Report of the Municipal Commissioner on the plague in Bombay for the year ending 31st May... - Volume 3
Disease focus: Plague
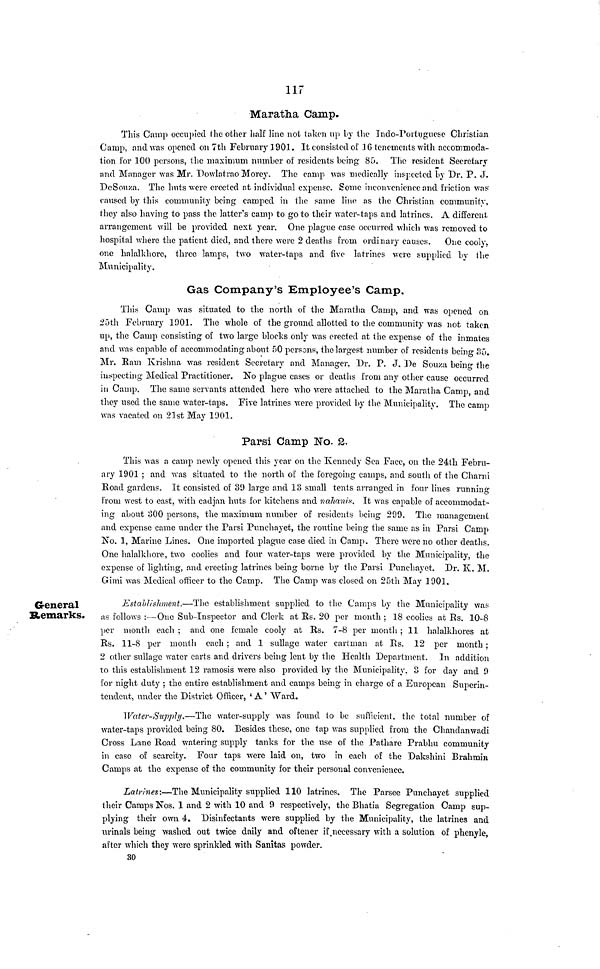
117
Maratha Camp.
This Camp occupied the other half line not taken up by the Indo-Portugue&e Christian
Camp, and was opened on 7th February 1901. It consisted of 16 tenements with accommoda-
tion for 100 persons, the maximum number of residents being 80. The resident Secretary
and Manager was Mr. Dowlatrao Money. The camp was medically inspected by Dr. P. J.
DeSouza. The huts were erected at individual expense. Some inconvenience and friction was
caused by this community being camped in the same lino as the Christian community,
they also having to pass the latter's camp to go to their water-taps and latrines. A different
arrangement will be provided next year. One plague case occurred which was removed to
hospital where the patient died, and there were 2 deaths From ordinary causes. One cooly,
one halalkhore, three lamps, two water-taps and five latrines were supplied by the
Municipality.
Gas Company's Employee's Camp.
This Camp was situated to the north of the Maratha Camp, and was opened on
25th February 1901. The whole of the ground allotted to the community was not taken
up, the Camp consisting of two large blocks only was erected at the expense of the inmates
and was capable of accommodating about 50 persons, the largest number of residents being 35.
Mr. Ram Krishna was resident Secretary and Manager, Dr. P. J, De Souza being the
inspecting Medical Practitioner. No plague cases or deaths from any other cause occurred
in Canip. The same servants attended here who were attached to the Maratha Camp, and
they used the same water-taps. Five latrines were provided by the Municipality. The camp
was vacated on 21st May 1901.
Parsi Camp No. 2.
This was a camp newly opened this year on the Kennedy Sea Face, on the 24th Febru-
ary 1901 ; and was situated to the north of the foregoing camps, and south of the Charni
Eoad gardens. It consisted of 39 large and 13 small tents arranged in four lines running
from west to east, with cadjan huts for kitchens and nahanix It was capable of accommodat-
ing about 300 persons, the maximum number of residents being 299. The management
and expense came under the Parsi Punchayet, the routine being the same as in Parsi Camp
No. 1, Marine Lines. One imported plague case died in Camp. There were no other deaths.
One halalkhore, two coolies and four water-taps were provided by the Municipality, the
expense of lighting, and erecting latrines being borne by the Parsi Punchayet. Dr. K. M.
Gimi was Medical officer to the Camp. The Camp was closed on 25th May 1901,
General
Remarks.
Establishment.—The establishment supplied to the Camps by the Municipality was
as follows :—One Sub-Inspector and Clerk at Es. 20 per month ; 18 coolies at Es. 10-8
per month each ; and one female cooly at Es. 7-8 per month ; 11 halalkhores at
Es. 11-8 per month each ; and 1 sullagc water cartnian at Es. 12 per month ;
2 other sullage water carts and drivers being lent by the Health Department. In addition
to this establishment 12 ramosis were also provided by the Municipality, 3 for day and 9
for night duty ; the entire establishment and camps being in charge of a European Superin-
tendent, under the District Officer, ' A ' Ward.
Water-Supply.—The water-supply was found to be sufficient, the total number of
water-taps provided being 80. Besides these, one tap was supplied from the Chandanwadi
Cross Lane Eoad watering supply tanks for the use of the Pathare Prabhu community
in case of scarcity. Four taps were laid on, two in each of the Dakshini Brahmin
Camps at the expense of the community for their personal convenience.
Latrines:—The Municipality supplied 110 latrines. The Parsee Punchayet supplied
their Camps Nos. 1 and 2 with 10 and 9 respectively, the Bhatia Segregation Camp sup-
plying their own 4. Disinfectants were supplied by the Municipality, the latrines and
urinals being washed out twice daily and of tener if.necessary with a solution of phenyle,
after which they were sprinkled with Sanitas powder.
30